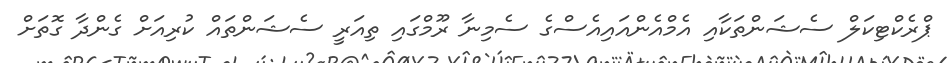
ޕްރެކްޓިކަލް ސެޝަންތަކާއި އެމްއެންއައިއެސްގެ ސެމިނާ ރޫމްގައި ތިއަރީ ސެޝަންތައް ކުރިއަށް ގެންދާ ގޮތަށް